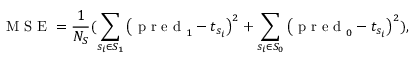
\mathrm { ~ M ~ S ~ E ~ } = \frac { 1 } { N _ { S } } ( \sum _ { { s _ { i } } \in S _ { 1 } } \left( { \mathrm { ~ p ~ r ~ e ~ d ~ } } _ { 1 } - t _ { s _ { i } } \right) ^ { 2 } + \sum _ { { s _ { i } } \in S _ { 0 } } \left( { \mathrm { ~ p ~ r ~ e ~ d ~ } } _ { 0 } - t _ { s _ { i } } \right) ^ { 2 } ) ,